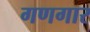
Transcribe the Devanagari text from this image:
गणगार